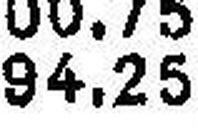
94.25